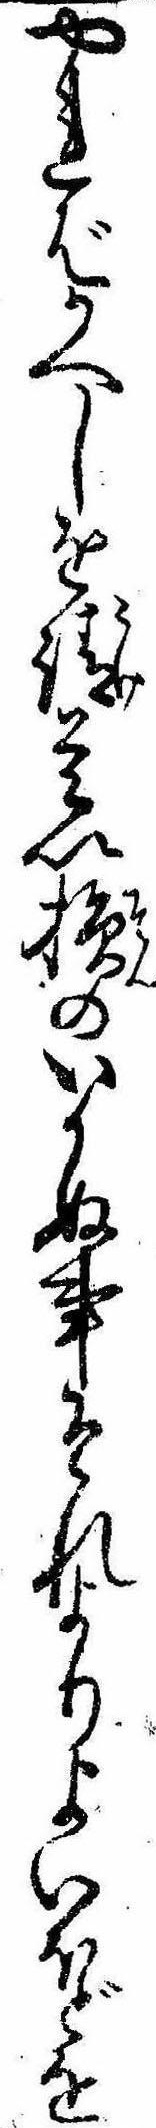
やればかへしを請是以損のいかぬ事それよりよいほどを